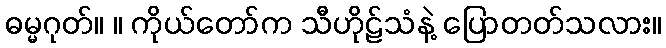
ဓမ္မဂုတ်။ ။ ကိုယ်တော်က သီဟိုဠ်သံနဲ့ ပြောတတ်သလား။